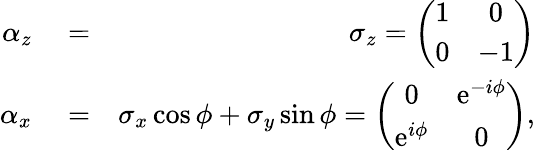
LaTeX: \begin{array}{rlr}{\alpha_{z}}&{{}=}&{\sigma_{z}=\left(\begin{array}{cc}{1}&{0}\\ {0}&{-1}\end{array}\right)}\\ {\alpha_{x}}&{{}=}&{\sigma_{x}\cos\phi+\sigma_{y}\sin\phi=\left(\begin{array}{cc}{0}&{\mathrm{e}^{-i\phi}}\\ {\mathrm{e}^{i\phi}}&{0}\end{array}\right),}\end{array}